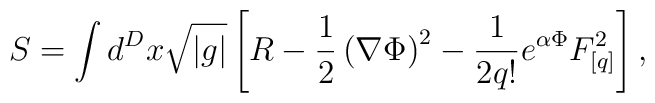
S=\int d^D x \sqrt{|g|} \left[ R -\frac{1}{2} \left( \nabla \Phi \right)^2 -\frac{1}{2q!} e^{\alpha \Phi} F^2_{[q]} \right] ,